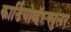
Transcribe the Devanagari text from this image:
कार्डियोव्हॅस्क्युलर